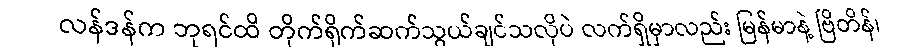
လန်ဒန်က ဘုရင်ထိ တိုက်ရိုက်ဆက်သွယ်ချင်သလိုပဲ လက်ရှိမှာလည်း မြန်မာနဲ့ ဗြိတိန်၊